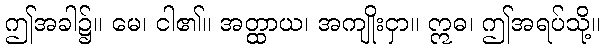
ဤအခါ၌။ မေ၊ ငါ၏။ အတ္ထာယ၊ အကျိုးငှာ။ ဣဓ၊ ဤအရပ်သို့။